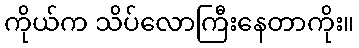
ကိုယ်က သိပ်လောကြီးနေတာကိုး။